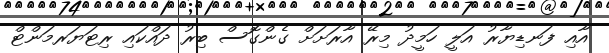
އާއި ފަނޑިޔާރު އަލީ ހަމީދު މިރޭ އާރަށަށް ގެންގޮސް ބިރު ދައްކައި ރިޓަޔަރމަންޓް